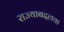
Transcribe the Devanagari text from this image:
राज्याबद्दलचा